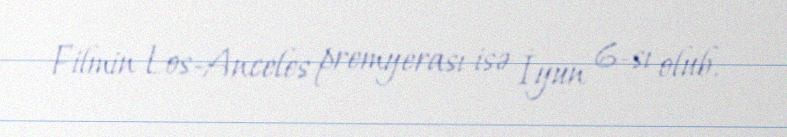
Filmin Los-Anceles premyerası isə İyun 6-sı olub.